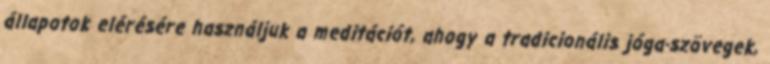
állapotok elérésére használjuk a meditációt, ahogy a tradicionális jóga-szövegek,